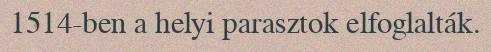
1514-ben a helyi parasztok elfoglalták.